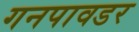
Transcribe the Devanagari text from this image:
गनपावडर